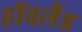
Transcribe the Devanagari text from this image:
हॉवलैंड